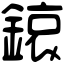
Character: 鎄